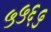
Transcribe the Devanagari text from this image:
५५६५